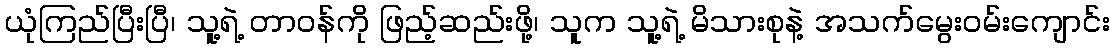
ယုံကြည်ပြီးပြီ၊ သူ့ရဲ့ တာဝန်ကို ဖြည့်ဆည်းဖို့၊ သူက သူ့ရဲ့ မိသားစုနဲ့ အသက်မွေးဝမ်းကျောင်း